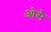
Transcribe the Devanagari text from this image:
ओसै